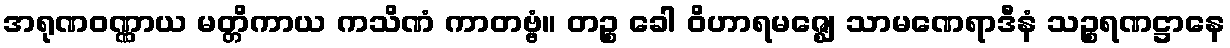
အရုဏဝဏ္ဏာယ မတ္တိကာယ ကသိဏံ ကာတဗ္ဗံ။ တဉ္စ ခေါ ဝိဟာရမဇ္ဈေ သာမဏေရာဒီနံ သဉ္စရဏဋ္ဌာနေ